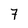
Character: 7